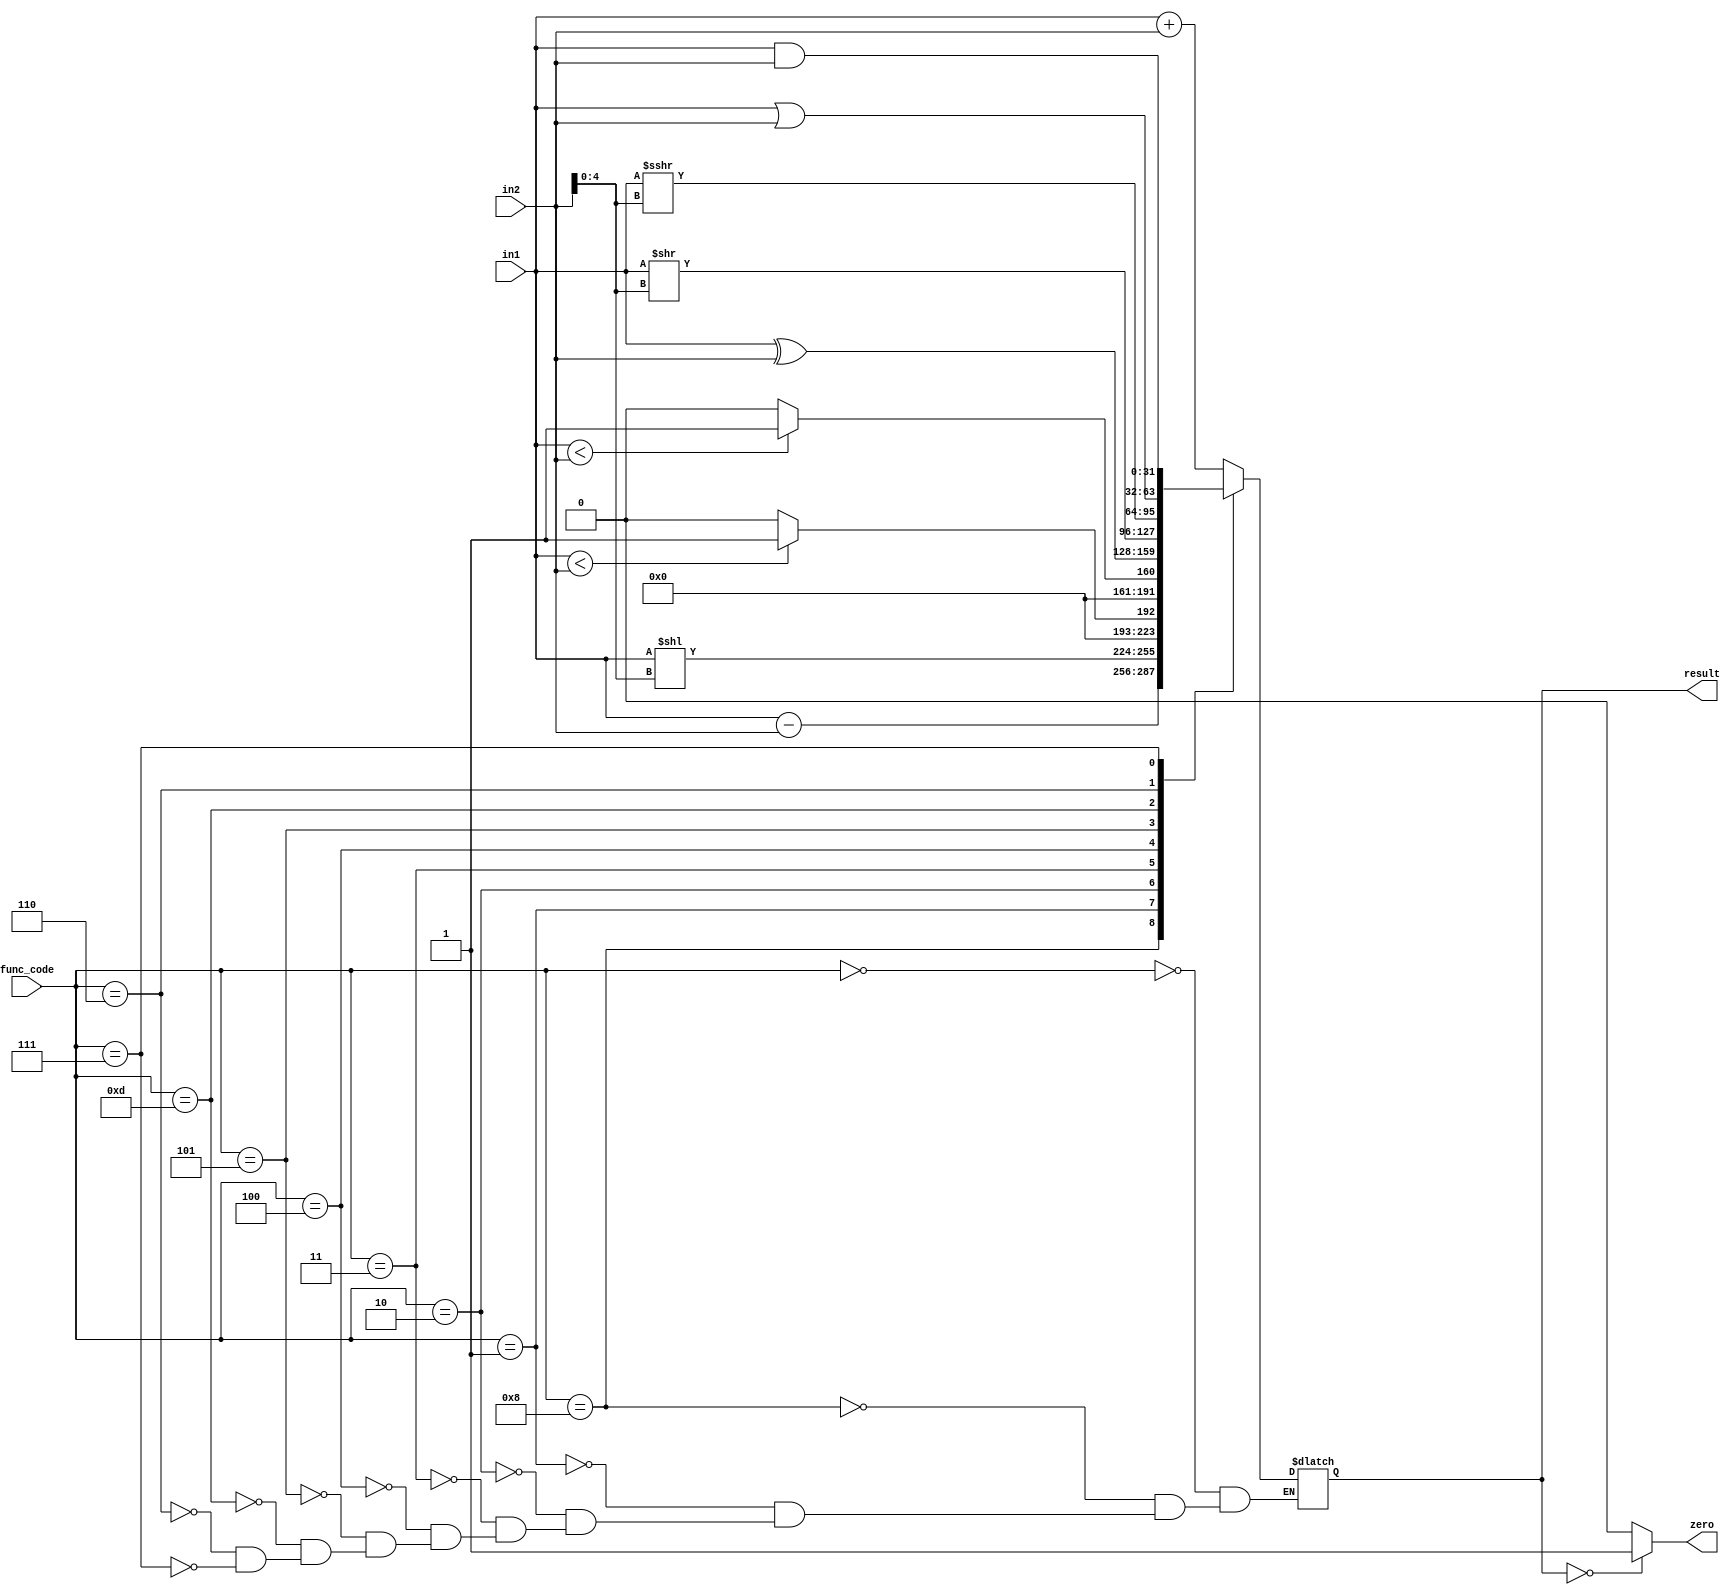
module alu(
    input [3:0] func_code,
    input [31:0] in1,
    input [31:0] in2,
    output [31:0] result,
    output zero
);

    reg [31:0] result;
    assign zero = result == 32'b0 ? 1'b1 : 1'b0;

    always @(*) begin
        case(func_code)

            4'b0000: result = in1 + in2;
            4'b1000: result = in1 - in2;
            4'b0001: result = in1 << in2[4:0];
            4'b0010: result = ($signed(in1) < $signed(in2)) ? 32'b1 : 32'b0;
            4'b0011: result = (in1 < in2) ? 32'b1: 32'b0;
            4'b0100: result = in1 ^ in2;
            4'b0101: result = in1 >> in2[4:0];
            4'b1101: result = $signed(in1) >>> in2[4:0];
            4'b0110: result = in1 | in2;
            4'b0111: result = in1 & in2;

        endcase
    end

endmodule